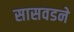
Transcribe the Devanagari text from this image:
सासवडने